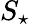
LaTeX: S_{\star}